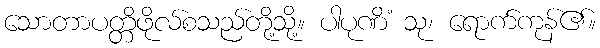
သောတာပတ္တိဖိုလ်စသည်တို့သို့။ ပါပုဏိံ သု၊ ရောက်ကုန်၏။